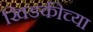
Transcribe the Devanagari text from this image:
खिडकीच्या